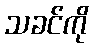
သခင်ကို